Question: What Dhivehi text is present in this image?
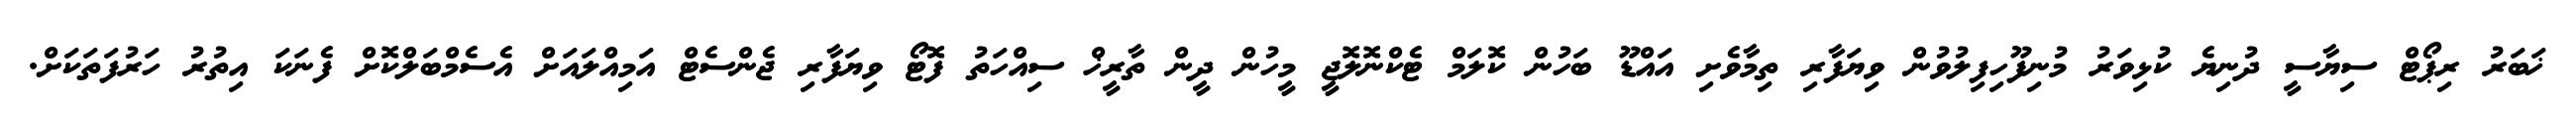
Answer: ޚަބަރު ރިޕޯޓް ސިޔާސީ ދުނިޔެ ކުޅިވަރު މުނިފޫހިފިލުވުން ވިޔަފާރި ތިމާވެށި އައްޑޫ ބަހުން ކޮލަމް ޓެކްނޮލޮޖީ މީހުން ދީން ތާރީޚް ސިއްހަތު ފޮޓޯ ވިޔަފާރި ޖެންސެޓް އަމިއްލައަށް އެސެމްބަލްކޮށް ފެނަކަ އިތުރު ހަރުފަތަކަށް.